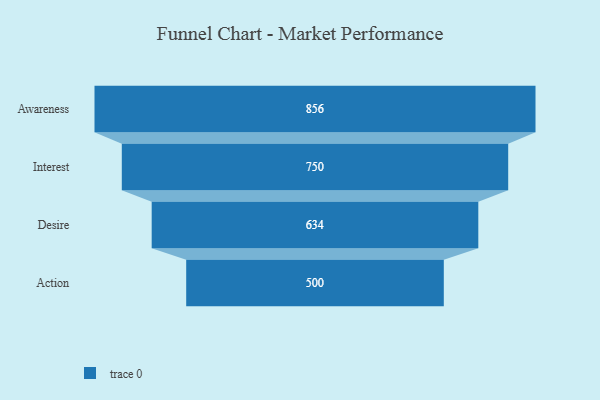
{"axis": {"x": "Stage", "y": "Value"}, "legend": [""], "data": [{"x": "Awareness", "y": 856.0, "type": ""}, {"x": "Interest", "y": 750.0, "type": ""}, {"x": "Desire", "y": 634.0, "type": ""}, {"x": "Action", "y": 500, "type": ""}]}